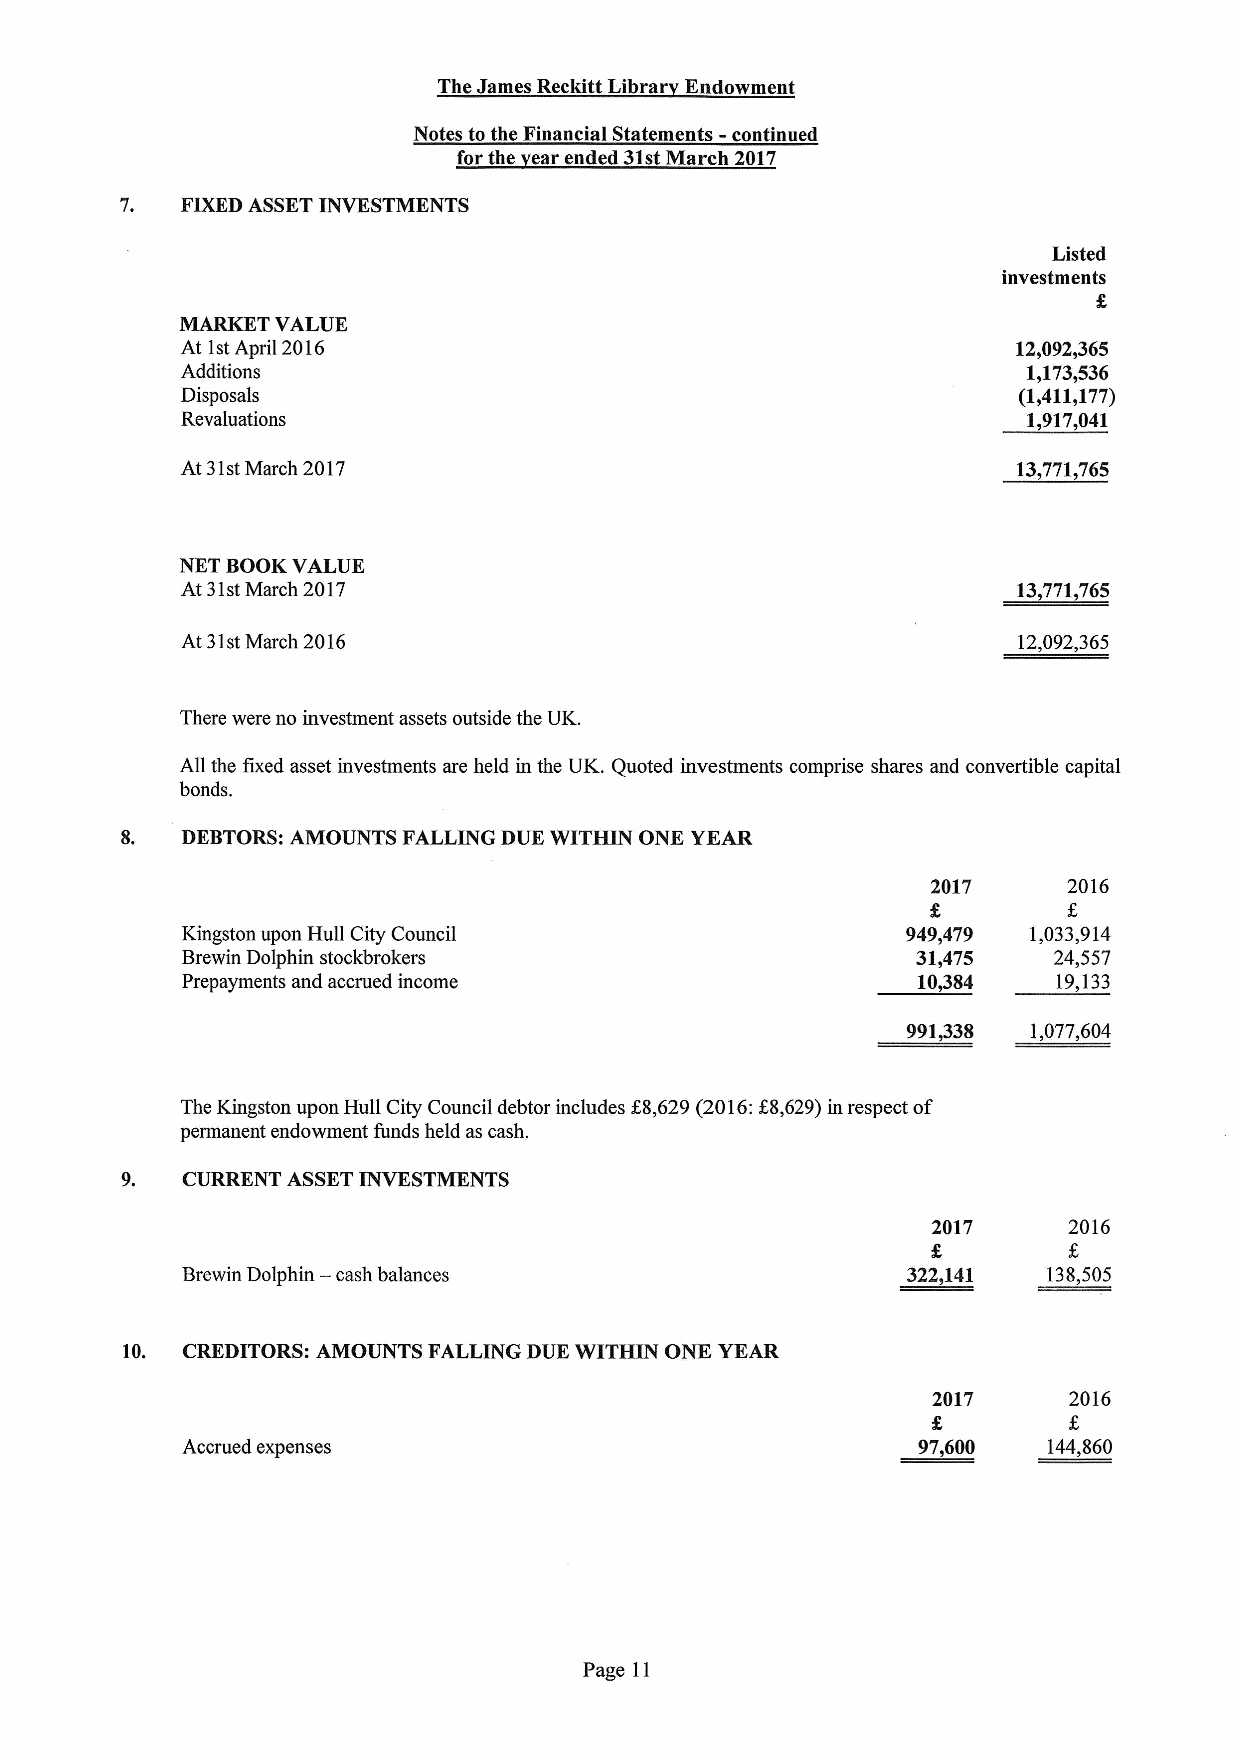
The James Reckitt Libra Endowment
 Notes to the Financial Statements - continued
 for the ear ended 31stMarch 2017
 7.  FIXEDASSETINVESTMENTS
 Listed
 investments
 MARKET VALUE
 At 1stApril 2016                                       12,092,365
 Additions                                               1,173,536
 Disposals                                              (1,411,177)
 Revaluations                                            1,917,041
 At 31stMarch 2017                                      13,771,765
 NET BOOKVALUE
 At 31stMarch 2017                                      13,771,765
 At 31stMarch 2016                                      12,092,365
 There were no investment assets outside the UK.
 All the fixed asset investments are held in the UK. Quoted investments comprise shares and convertible capital
 bonds.
 8.  DEBTORS:AMOUNTS FALLING DUE WITHIN ONE YEAR
 2017     2016
 Kingston upon Hull City Council                 949,479 1,033,914
 Brewin Dolphin stockbrokers                      31,475   24,557
 Prepayments and accrued income                   10@84    19,133
 991,338 1,077,604
 The Kingston upon Hull City Council debtor includes K8,629(2016:K8,629)in respect of
 permanent endowment funds held as cash.
 9.  CURRENT ASSETINVESTMENTS
 2017     2016
 —
 Brewin Dolphin cash balances                    322,141  138,505
 10. CREDITORS: AMOUNTS FALLING DUE WITHIN ONE YEAR
 2017     2016
 Accrued expenses                                 97,600  144,860
 Page 11